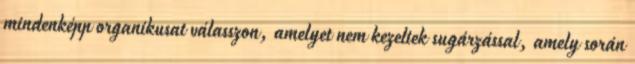
mindenképp organikusat válasszon, amelyet nem kezeltek sugárzással, amely során